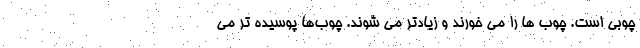
چوبی است. چوب ها را می خورند و زیادتر می شوند. چوب‌ها پوسیده تر می